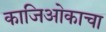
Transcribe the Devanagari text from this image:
काजिओकाचा